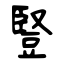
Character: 豎